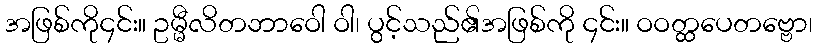
အဖြစ်ကို၄င်း။ ဥမ္မီလိတဘာဝေါ ဝါ၊ ပွင့်သည်၏အဖြစ်ကို ၄င်း။ ဝဝတ္ထပေတဗ္ဗော၊